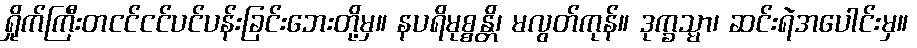
ရှိုက်ကြီးတငင်ငင်ပင်ပန်းခြင်းဘေးတို့မှ။ နပရိမုစ္စန္တိ၊ မလွတ်ကုန်။ ဒုက္ခသ္မာ၊ ဆင်းရဲအပေါင်းမှ။